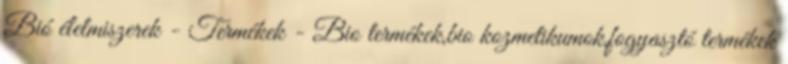
Bió élelmiszerek - Termékek - Bio termékek,bio kozmetikumok,fogyasztó termékek